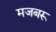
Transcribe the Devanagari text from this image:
मजबरू